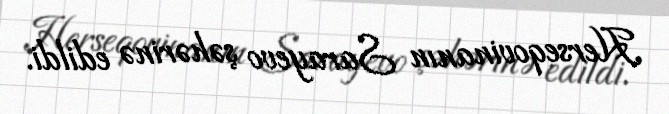
Herseqovinanın Sarayevo şəhərinə edildi.